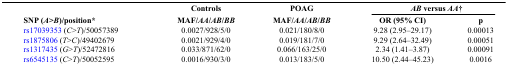
|  | Controls | POAG | <COLSPAN=2> AB versus AA† |
 | SNP (A>B)/position* | MAF/AA/AB/BB | MAF/AA/AB/BB | OR (95% CI) | p |
 | --- | --- | --- | --- | --- |
 | rs17039353 (C>T)/50057389 | 0.0027/928/5/0 | 0.021/180/8/0 | 9.28 (2.95–29.17) | 0.00013 |
 | rs1875806 (T>C)/49402679 | 0.0021/929/4/0 | 0.019/181/7/0 | 9.29 (2.64–32.49) | 0.00051 |
 | rs1317435 (G>T)/52472816 | 0.033/871/62/0 | 0.066/163/25/0 | 2.34 (1.41–3.87) | 0.00091 |
 | rs6545135 (C>T)/50052595 | 0.0016/930/3/0 | 0.013/183/5/0 | 10.50 (2.44–45.23) | 0.0016 |